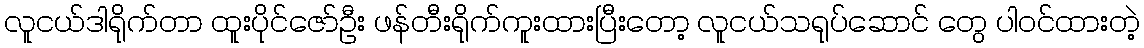
လူငယ်ဒါရိုက်တာ ထူးပိုင်ဇော်ဦး ဖန်တီးရိုက်ကူးထားပြီးတော့ လူငယ်သရုပ်ဆောင် တွေ ပါဝင်ထားတဲ့